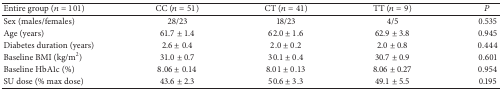
<table><thead><tr><td><b>Entire group (<i>n</i> = 101)</b></td><td><b>CC (<i>n</i> = 51)</b></td><td><b>CT (<i>n</i> = 41)</b></td><td><b>TT (<i>n</i> = 9)</b></td><td><b><i>P</i></b></td></tr></thead><tbody><tr><td>Sex (males/females)</td><td>28/23</td><td>18/23</td><td>4/5</td><td>0.535</td></tr><tr><td>Age (years)</td><td>61.7 ± 1.4</td><td>62.0 ± 1.6</td><td>62.9 ± 3.8</td><td>0.945</td></tr><tr><td>Diabetes duration (years)</td><td>2.6 ± 0.4</td><td>2.0 ± 0.2</td><td>2.0 ± 0.8</td><td>0.444</td></tr><tr><td>Baseline BMI (kg/m<sup>2</sup>)</td><td>31.0 ± 0.7</td><td>30.1 ± 0.4</td><td>30.7 ± 0.9</td><td>0.601</td></tr><tr><td>Baseline HbA1c (%)</td><td>8.06 ± 0.14</td><td>8.01 ± 0.13</td><td>8.06 ± 0.27</td><td>0.954</td></tr><tr><td>SU dose (% max dose)</td><td>43.6 ± 2.3</td><td>50.6 ± 3.3</td><td>49.1 ± 5.5</td><td>0.195</td></tr></tbody></table>